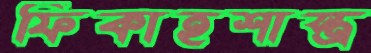
ফিকাহশাস্ত্র